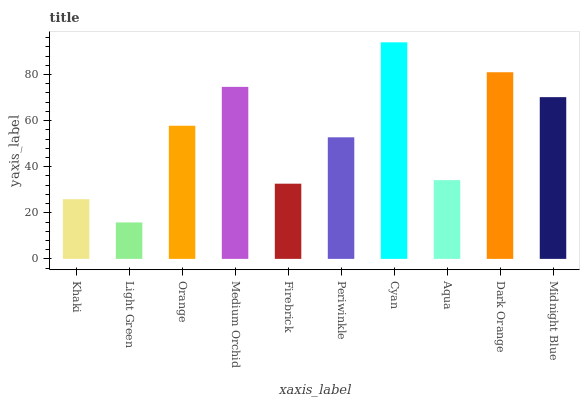
| xaxis_label | bars |
 | --- | --- |
 | Khaki | 25.9 |
 | Light Green | 15.8 |
 | Orange | 57.8 |
 | Medium Orchid | 74.6 |
 | Firebrick | 32.6 |
 | Periwinkle | 52.8 |
 | Cyan | 94 |
 | Aqua | 34.2 |
 | Dark Orange | 81 |
 | Midnight Blue | 70.2 |